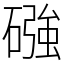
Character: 䃨